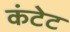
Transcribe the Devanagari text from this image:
कंटेट